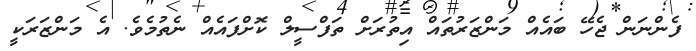
ފެންނަން ޖެހޭ ބައެއް މަންޒަރުތައް އިތުރަށް ތަފްސީލް ކޮށްފައެއް ނެތުމެވެ. އެ މަންޒަރަކީ